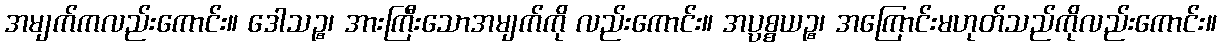
အမျက်ကလည်းကောင်း။ ဒေါသဉ္စ၊ အားကြီးသောအမျက်ကို လည်းကောင်း။ အပ္ပစ္စယဉ္စ၊ အကြောင်းမဟုတ်သည်ကိုလည်းကောင်း။